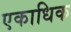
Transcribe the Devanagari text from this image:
एकाधिक